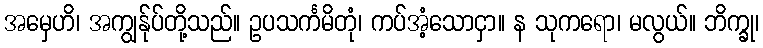
အမှေဟိ၊ အကျွန်ုပ်တို့သည်။ ဥပသင်္ကမိတုံ၊ ကပ်အံ့သောငှာ။ န သုကရော၊ မလွယ်။ ဘိက္ခု၊